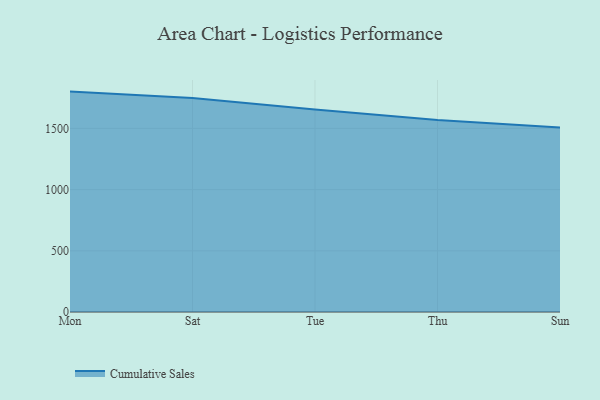
{"axis": {"x": "Day", "y": "Gross Profit (USD K)"}, "legend": ["Cumulative Sales"], "data": [{"x": "Mon", "y": 1800.9, "type": "Cumulative Sales"}, {"x": "Sat", "y": 1748.9, "type": "Cumulative Sales"}, {"x": "Tue", "y": 1655.4, "type": "Cumulative Sales"}, {"x": "Thu", "y": 1569.8, "type": "Cumulative Sales"}, {"x": "Sun", "y": 1506.9, "type": "Cumulative Sales"}]}